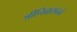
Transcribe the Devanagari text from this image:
श्रीनिवासनने